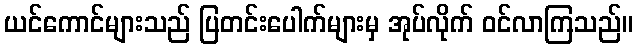
ယင်ကောင်များသည် ပြတင်းပေါက်များမှ အုပ်လိုက် ဝင်လာကြသည်။